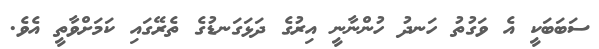
ސަބަބަކީ އެ ވަގުތު ހަނދު ހުންނާނީ އިރުގެ ދަޅަގަނޑުގެ ތެރޭގައި ކަމަށްވާތީ އެވެ.